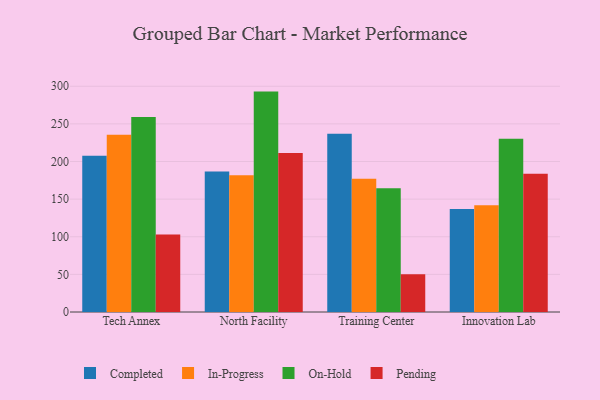
{"axis": {"x": "Campus", "y": "Website Visitors"}, "legend": ["Completed", "In-Progress", "On-Hold", "Pending"], "data": [{"x": "Tech Annex", "y": 207.6, "type": "Completed"}, {"x": "Tech Annex", "y": 235.6, "type": "In-Progress"}, {"x": "Tech Annex", "y": 259.3, "type": "On-Hold"}, {"x": "Tech Annex", "y": 103.1, "type": "Pending"}, {"x": "North Facility", "y": 186.6, "type": "Completed"}, {"x": "North Facility", "y": 181.7, "type": "In-Progress"}, {"x": "North Facility", "y": 292.9, "type": "On-Hold"}, {"x": "North Facility", "y": 211.4, "type": "Pending"}, {"x": "Training Center", "y": 237.0, "type": "Completed"}, {"x": "Training Center", "y": 177.2, "type": "In-Progress"}, {"x": "Training Center", "y": 164.5, "type": "On-Hold"}, {"x": "Training Center", "y": 50.3, "type": "Pending"}, {"x": "Innovation Lab", "y": 136.9, "type": "Completed"}, {"x": "Innovation Lab", "y": 142.0, "type": "In-Progress"}, {"x": "Innovation Lab", "y": 230.1, "type": "On-Hold"}, {"x": "Innovation Lab", "y": 183.8, "type": "Pending"}]}